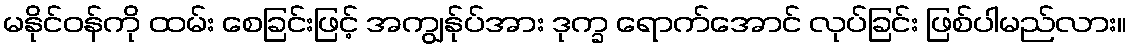
မနိုင်ဝန်ကို ထမ်း စေခြင်းဖြင့် အကျွန်ုပ်အား ဒုက္ခ ရောက်အောင် လုပ်ခြင်း ဖြစ်ပါမည်လား။